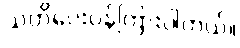
သတိပေးပန်ကြားပါတယ်။